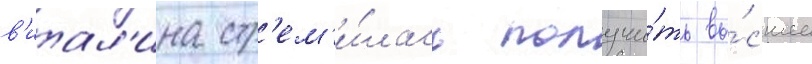
в'итал'ина стр'ем'и́лась получи́ть вы́сшее